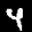
Label: 4